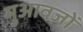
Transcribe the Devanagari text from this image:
मुआवज़ों